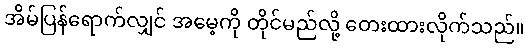
အိမ်ပြန်ရောက်လျှင် အမေ့ကို တိုင်မည်လို့ တေးထားလိုက်သည်။